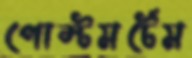
পোস্টমর্টেম